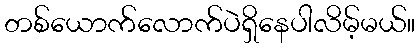
တစ်ယောက်လောက်ပဲရှိနေပါလိမ့်မယ်။